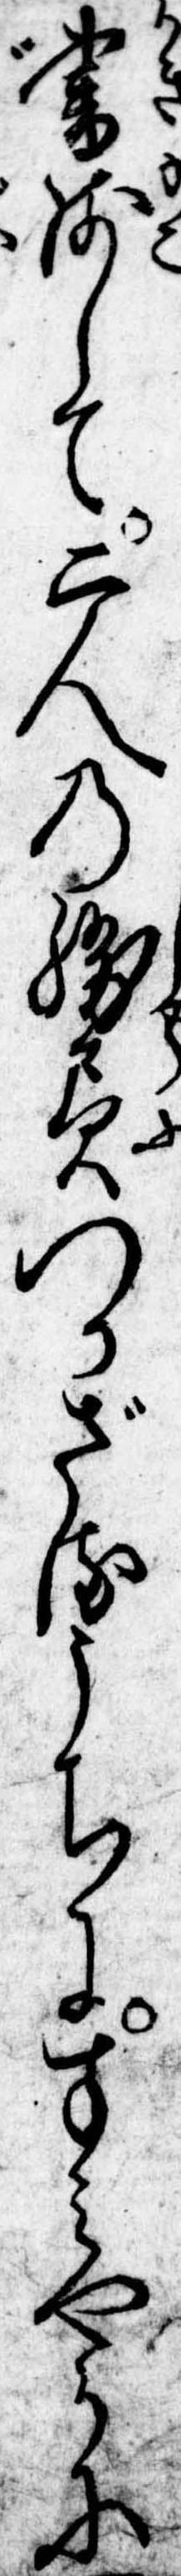
書残して二人の勝負つかざるうちにすみやかに